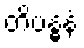
တိဗန္ဓနံ